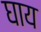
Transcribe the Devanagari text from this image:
घाय